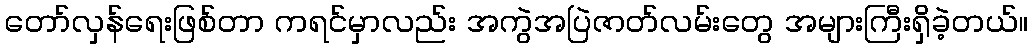
တော်လှန်ရေးဖြစ်တာ ကရင်မှာလည်း အကွဲအပြဲဇာတ်လမ်းတွေ အများကြီးရှိခဲ့တယ်။